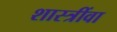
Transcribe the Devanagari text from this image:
शास्त्रींवा